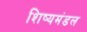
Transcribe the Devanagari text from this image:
शिष्यमंडल